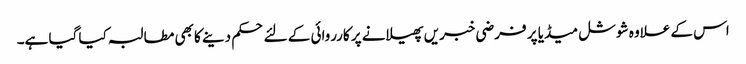
اس کے علاوہ شوشل میڈیا پر فرضی خبریں پھیلانے پر کارروائی کے لئے حکم دینے کا بھی مطالبہ کیا گیا ہے۔